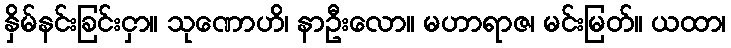
နှိမ်နင်းခြင်းငှာ။ သုဏောဟိ၊ နာဦးလော။ မဟာရာဇ၊ မင်းမြတ်။ ယထာ၊